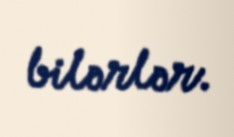
bilərlər.